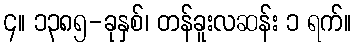
၄။ ၁၃၈၅-ခုနှစ်၊ တန်ခူးလဆန်း ၁ ရက်။